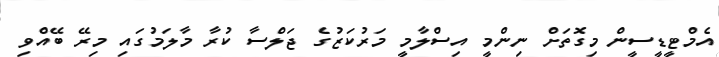
އެމްޓީޑީސީން މިގޮތަށް ނިންމީ އިސްލާމީ މަރުކަޒުގެ ޖަލްސާ ކުރާ މާލަމުގައި މިރޭ ބޭއްވި